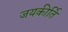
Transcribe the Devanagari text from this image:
जयकीर्ति